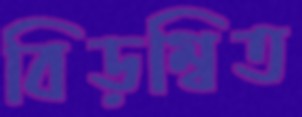
বিড়ম্বিত